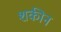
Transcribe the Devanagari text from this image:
शकीन